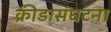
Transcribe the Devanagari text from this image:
क्रीडासंघटना